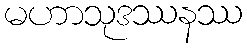
မဟာသုဒဿနဿ